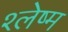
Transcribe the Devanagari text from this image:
श्‍लेष्म